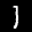
Label: 1